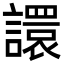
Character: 譞